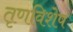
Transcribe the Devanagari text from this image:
तृणविशेष